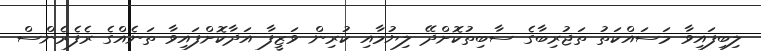
ލިބިފައިވާ މަސައްކަތު ތަޖުރިބާގެ ސާބިތުކޮށްދޭ ލިޔުމާއި ކުރިން ވަޒީފާ އަދާކޮށްފައިވާ ތަނެއްގެ ރެފެރެންސް